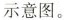
示意图。